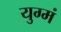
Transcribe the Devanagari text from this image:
युग्मं